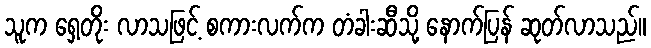
သူက ရှေ့တိုး လာသဖြင့် စကားလက်က တံခါးဆီသို့ နောက်ပြန် ဆုတ်လာသည်။